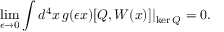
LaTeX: \operatorname * { l i m } _ { \epsilon \to 0 } \int d ^ { 4 } x \, g ( \epsilon x ) [ Q , W ( x ) ] \vert _ { \mathrm { k e r } \, Q } = 0 .